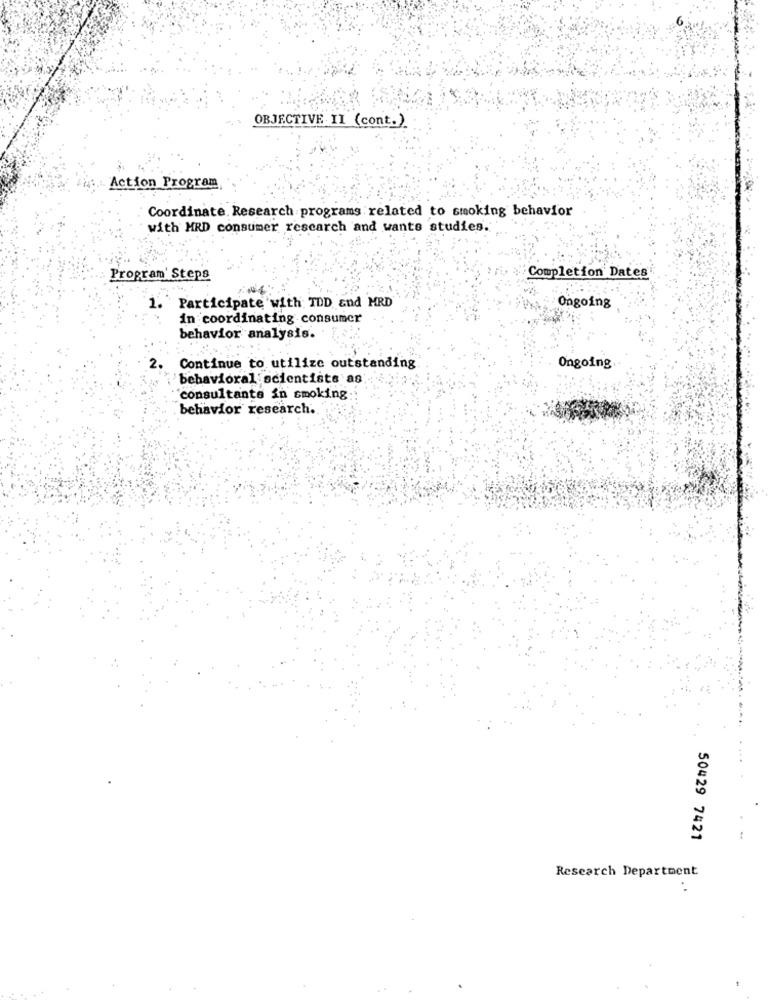
OBJECTIVE II (cont.)
Action Program
Coordinate. Research programs related to smoking behavior
with MRD consumer research and wants studies.
Program' Steps
Completion Dates
1. Participate with TDD and MRD
Ongoing
in coordinating consumer
behavior analysis.
Continue to utilize outstanding
Ongoing
behavioral:scientists as
consultante in smoking
behavior research.
50429 7421
Research Department